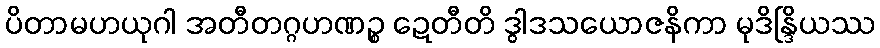
ပိတာမဟယုဂါ အတီတဂ္ဂဟဏဉ္စ ဍေတီတိ ဒွါဒသယောဇနိကာ မုဒိန္ဒြိယဿ